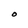
Character: O